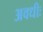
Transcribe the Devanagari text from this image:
अवधीः